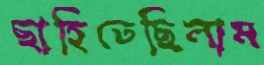
ছাহিতেছিলাম